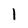
Character: 1